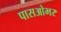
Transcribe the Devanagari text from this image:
पासओभर